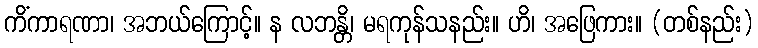
ကိံကာရဏာ၊ အဘယ်ကြောင့်။ န လဘန္တိ၊ မရကုန်သနည်း။ ဟိ၊ အဖြေကား။ (တစ်နည်း)